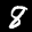
Label: 8